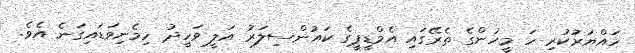
ހައްޔަރުކުރި ހަ މީހުންގެ ތެރޭގައި އެމްޑީޕީގެ ކައުންސިލަރު އަލީ ވަހީދު ހިމެނިވަޑައިގަނެ އެވެ.